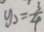
y _ { 2 } = \frac { 3 } { 4 }